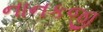
નાનકજી